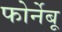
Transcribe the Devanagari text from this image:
फोर्नेबू